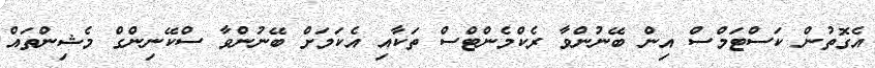
އެގޮތުން ކަސްޓަމްސް އިން ބޭނުންވާ ރެކްމެންޓްސް ތަކާއި އެކަމަށް ބޭނުންވާ ސްކޭނިންގް މެޝިންތައް